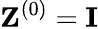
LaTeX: \textbf{Z}^{\left(0\right)}=\textbf{I}